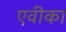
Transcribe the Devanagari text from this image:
एवीका